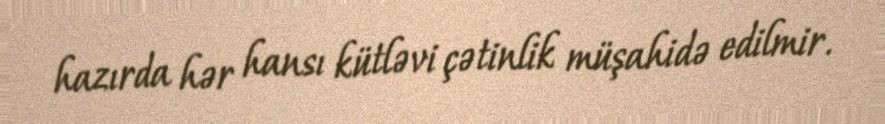
hazırda hər hansı kütləvi çətinlik müşahidə edilmir.